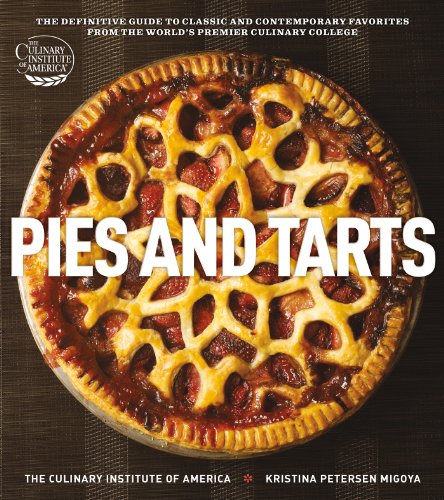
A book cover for Pies and Tarts: The Definitive Guide to Classic and Contemporary Favorites from the World's Premier Culinary College (at Home with The Culinary Institute of America); The Culinary Institute of America; Cookbooks, Food & Wine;